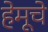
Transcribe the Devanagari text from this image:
हेमूचे